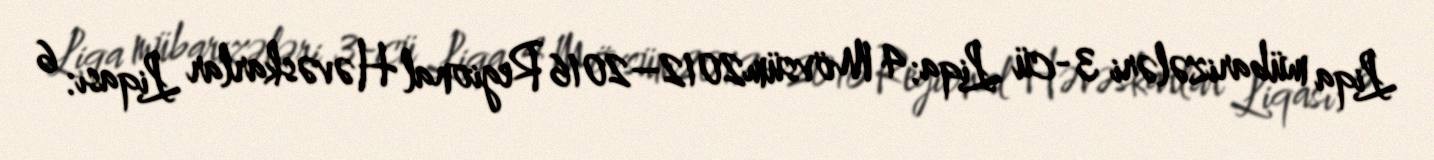
Liqa mübarizələri 3-cü Liqa: 4 Mövsüm2012–2016 Regional Həvəskarlar Liqası: 6